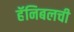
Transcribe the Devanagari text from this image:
हॅनिबलची